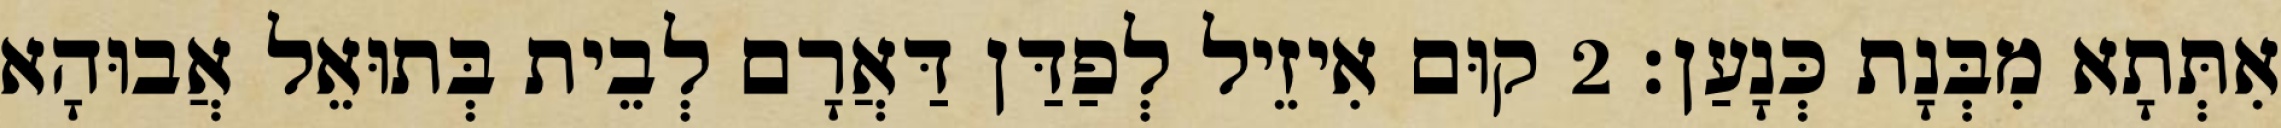
אִתְּתָא מִבְּנָת כְּנָעַן׃ 2 קוּם אִיזֵיל לְפַדַּן דַּאֲרָם לְבֵית בְּתוּאֵל אֲבוּהָא